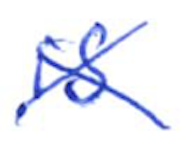
Text: is
Cross-out: cross
Writing tool: ballpoint